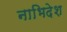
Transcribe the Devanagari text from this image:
नाभिदेश